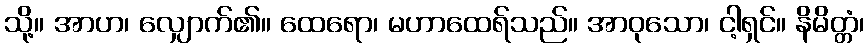
သို့။ အာဟ၊ လျှောက်၏။ ထေရော၊ မဟာထေရ်သည်။ အာဝုသော၊ ငါ့ရှင်။ နိမိတ္တံ၊